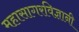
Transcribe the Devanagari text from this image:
महासागरविज्ञानी